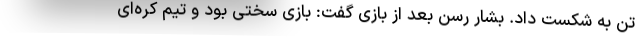
تن به شکست داد. بشار رسن بعد از بازی گفت: بازی سختی بود و تیم کره‌ای